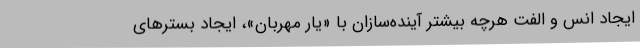
ایجاد انس و الفت هرچه بیشتر آینده‌سازان با «یار مهربان»، ایجاد بسترهای